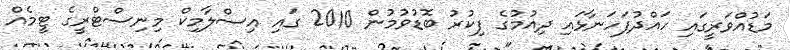
މަޑުއްވަރީގައި ހައްދުފަހަނާޅައި ދިއުމުގެ ފިކުރު ބޮޑުވުމުން 2010 ގައި އިސްލާމިކް މިނިސްޓްރީގެ ޓީމެއް